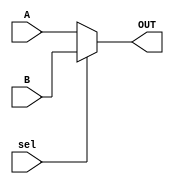
`timescale 1ns / 1ps
//////////////////////////////////////////////////////////////////////////////////
// Company: AUC
// 
// Design Name: 
// Module Name: MUX2X1
// Project Name: Single Cycle rv32i Processor
// Target Devices: 
// Tool Versions: 
// Description: a 1-bit 2x1 MUX
// 
// Dependencies: 
// 
// Revision:
// Revision 0.01 - File Created
// Additional Comments:
// 
//////////////////////////////////////////////////////////////////////////////////


module MUX2X1(
    input A,
    input B,
    input sel,
    output OUT
);
   assign OUT=(sel==1)?B:A;
endmodule